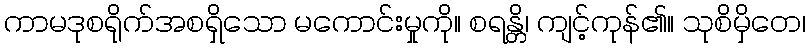
ကာမဒုစရိုက်အစရှိသော မကောင်းမှုကို။ စရန္တိ၊ ကျင့်ကုန်၏။ သုစိမှိတေ၊